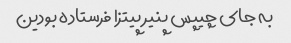
به جای چیپس پنیر پیتزا فرستاده بودین